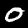
Digit: 0